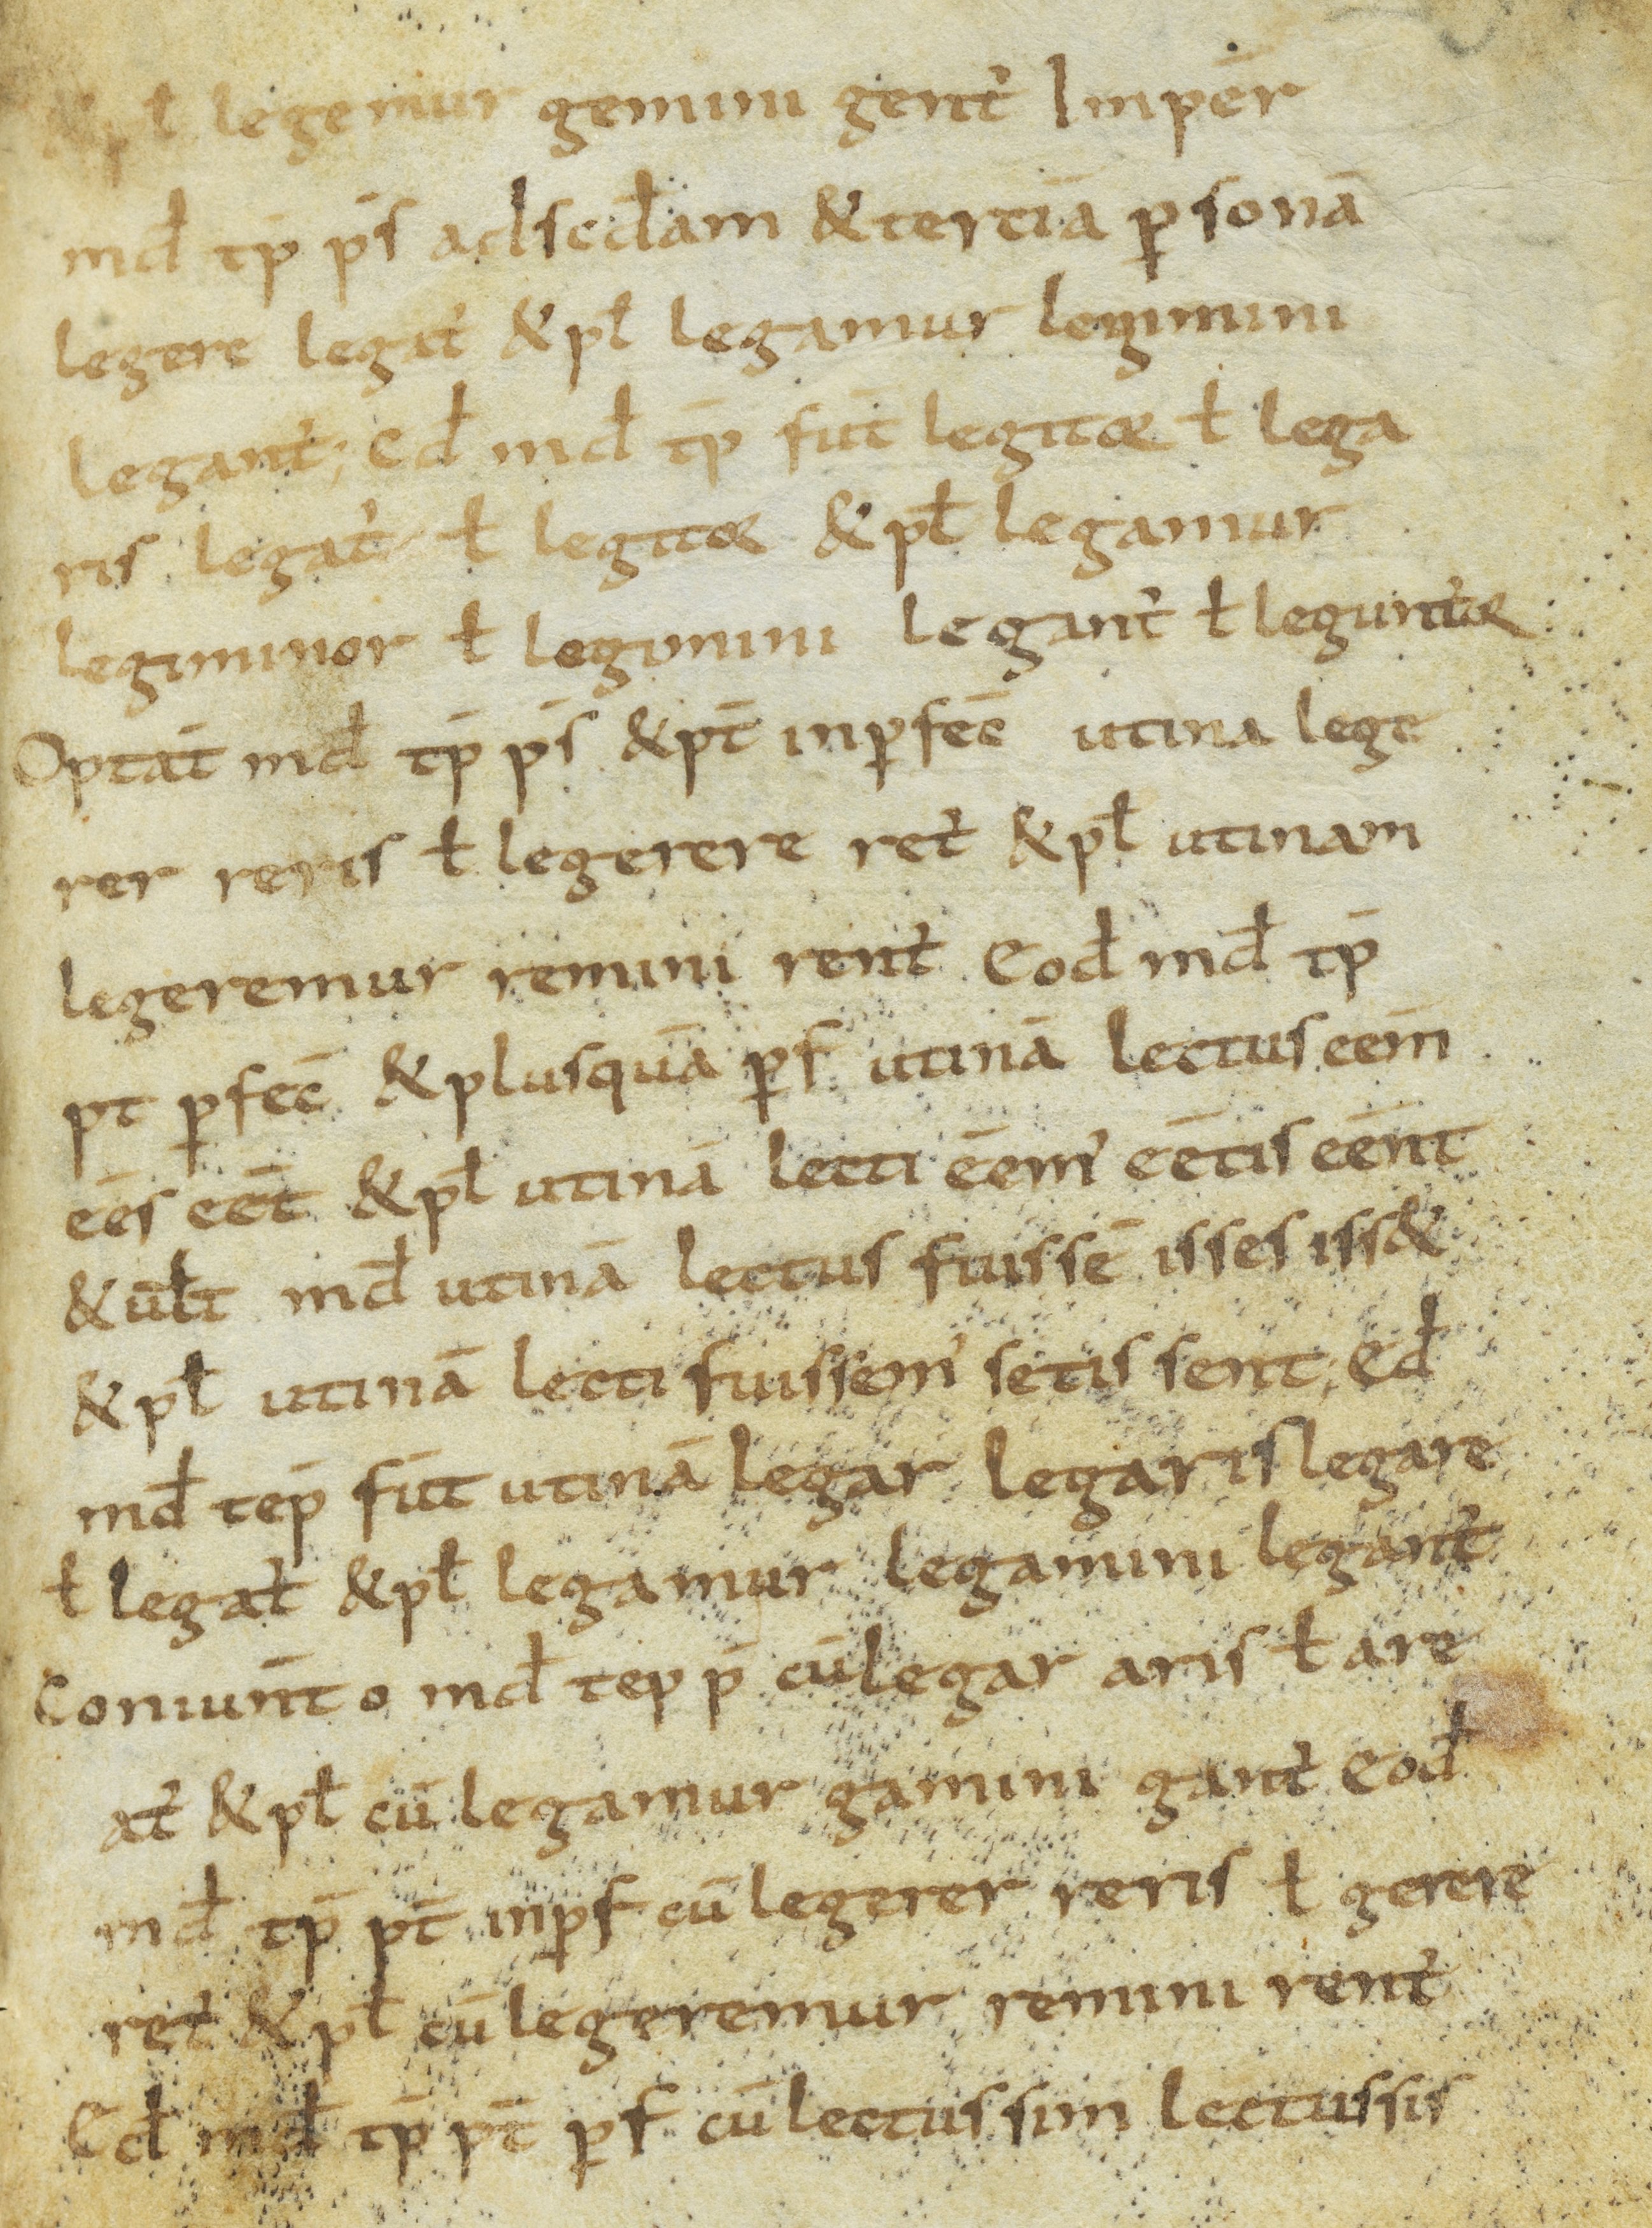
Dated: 850–899